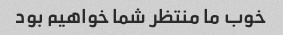
خوب ما منتظر شما خواهیم بود